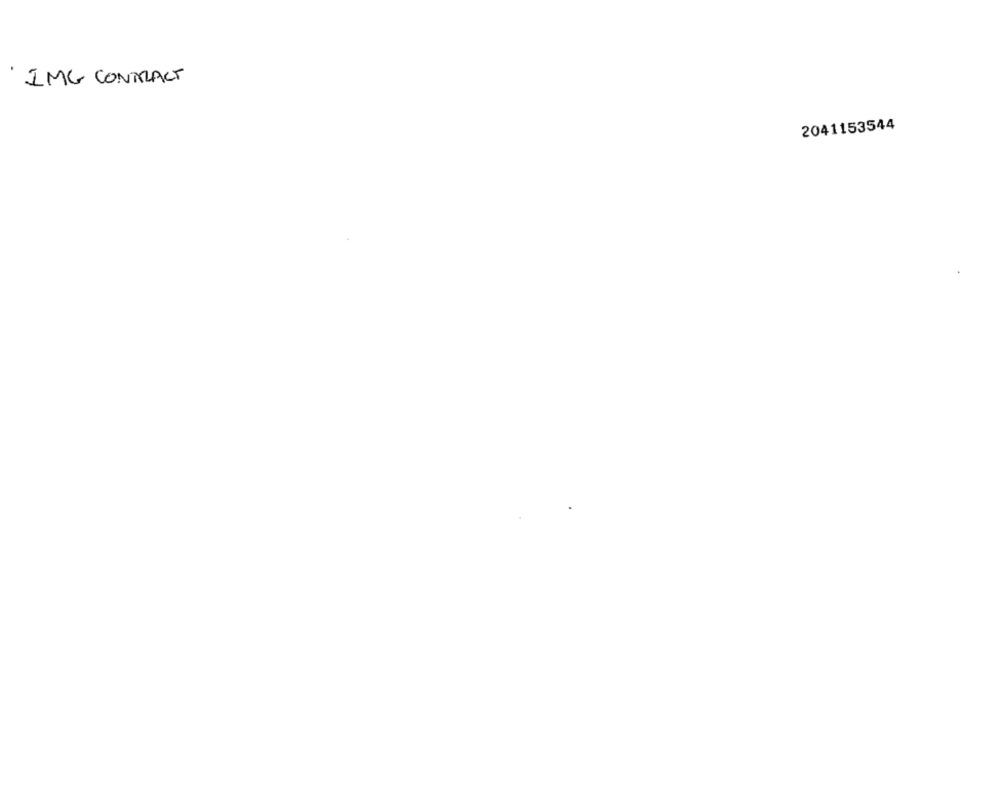
IMG CONTRACT
2041153544